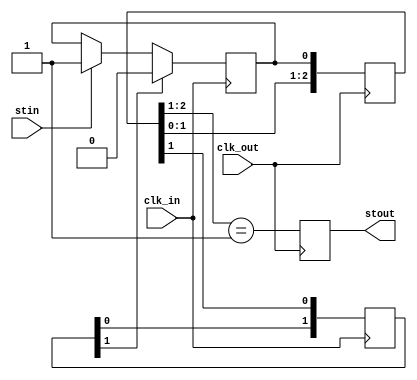
// This program was cloned from: https://github.com/jotego/jtcores
// License: GNU General Public License v3.0

/*  This file is part of JTFRAME.
    JTFRAME program is free software: you can redistribute it and/or modify
    it under the terms of the GNU General Public License as published by
    the Free Software Foundation, either version 3 of the License, or
    (at your option) any later version.

    JTFRAME program is distributed in the hope that it will be useful,
    but WITHOUT ANY WARRANTY; without even the implied warranty of
    MERCHANTABILITY or FITNESS FOR A PARTICULAR PURPOSE.  See the
    GNU General Public License for more details.

    You should have received a copy of the GNU General Public License
    along with JTFRAME.  If not, see <http://www.gnu.org/licenses/>.

    Author: Jose Tejada Gomez. Twitter: @topapate
    Version: 1.0
    Date: 12-8-2022 */

// Converts an active-high strobe in one clock domain to
// a strobe in a different clock domain
//
// There is a max frequency for the strobe transfer, depending
// on the ratio of the two clocks and the synchronizer stages
//
// An optional DLY parameter will shift the output strobe a
// number of clock cycles

module jtframe_crossclk_strobe(
    input       clk_in,
    input       clk_out,
    input       stin,
    output      stout
);

parameter DLY=0;

reg [1:0] sclr=0;
reg [2:0] sset=0;
reg       set=0, pre_out=0;
wire      clr;

assign clr = sset[1];

always @(posedge clk_in) begin
    sclr <= { sclr[0], clr };
    if( stin ) set <= 1;
    if( sclr[1] ) set <= 0;
end

always @(posedge clk_out) begin
    sset    <= { sset[1:0], set };
    pre_out <= sset[2:1]==2'b01;
end

generate
    if (DLY==0) begin
        assign stout = pre_out;
    end else begin
        reg [DLY-1:0] dly;
        assign stout = dly[DLY-1];

        always @(posedge clk_out) begin
            dly    <= dly<<1;
            dly[0] <= pre_out;
        end
    end
endgenerate

endmodule